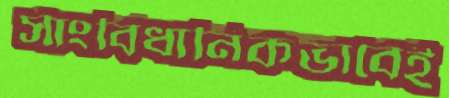
সাংবিধানিকভাবেই